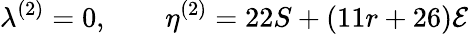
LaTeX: \lambda^{(2)}=0,\qquad\eta^{(2)}=22S+(11r+26){\cal{E}}